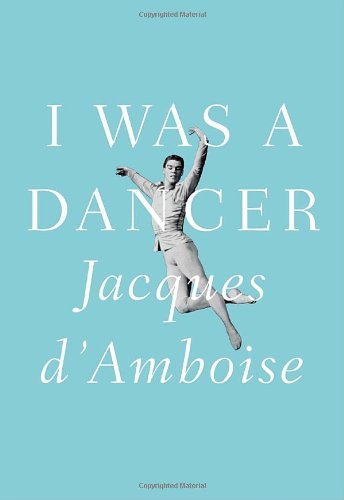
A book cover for I Was a Dancer; Jacques D'Amboise; Biographies & Memoirs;